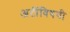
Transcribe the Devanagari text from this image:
अटींविषयी